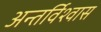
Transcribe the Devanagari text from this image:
अन्तर्विश्वास